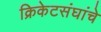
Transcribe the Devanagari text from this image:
क्रिकेटसंघांचे